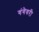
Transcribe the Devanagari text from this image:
गंगेवरी